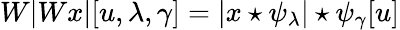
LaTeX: W|Wx|[u,\lambda,\gamma]=|x\star\psi_{\lambda}|\star\psi_{\gamma}[u]